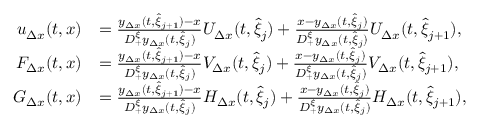
\begin{array} { r l } { u _ { \Delta x } ( t , x ) } & { = \frac { y _ { \Delta x } ( t , \hat { \xi } _ { j + 1 } ) - x } { D _ { + } ^ { \xi } y _ { \Delta x } ( t , \hat { \xi } _ { j } ) } U _ { \Delta x } ( t , \hat { \xi } _ { j } ) + \frac { x - y _ { \Delta x } ( t , \hat { \xi } _ { j } ) } { D _ { + } ^ { \xi } y _ { \Delta x } ( t , \hat { \xi } _ { j } ) } U _ { \Delta x } ( t , \hat { \xi } _ { j + 1 } ) , } \\ { F _ { \Delta x } ( t , x ) } & { = \frac { y _ { \Delta x } ( t , \hat { \xi } _ { j + 1 } ) - x } { D _ { + } ^ { \xi } y _ { \Delta x } ( t , \hat { \xi } _ { j } ) } V _ { \Delta x } ( t , \hat { \xi } _ { j } ) + \frac { x - y _ { \Delta x } ( t , \hat { \xi } _ { j } ) } { D _ { + } ^ { \xi } y _ { \Delta x } ( t , \hat { \xi } _ { j } ) } V _ { \Delta x } ( t , \hat { \xi } _ { j + 1 } ) , } \\ { G _ { \Delta x } ( t , x ) } & { = \frac { y _ { \Delta x } ( t , \hat { \xi } _ { j + 1 } ) - x } { D _ { + } ^ { \xi } y _ { \Delta x } ( t , \hat { \xi } _ { j } ) } H _ { \Delta x } ( t , \hat { \xi } _ { j } ) + \frac { x - y _ { \Delta x } ( t , \hat { \xi } _ { j } ) } { D _ { + } ^ { \xi } y _ { \Delta x } ( t , \hat { \xi } _ { j } ) } H _ { \Delta x } ( t , \hat { \xi } _ { j + 1 } ) , } \end{array}